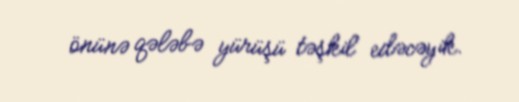
önünə qələbə yürüşü təşkil edəcəyik.